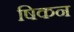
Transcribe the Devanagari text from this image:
षिकन